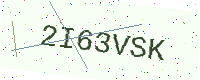
Text: 2I63VSK